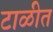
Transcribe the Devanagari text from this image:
टाळीत